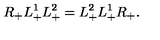
R _ { + } L _ { + } ^ { 1 } L _ { + } ^ { 2 } = L _ { + } ^ { 2 } L _ { + } ^ { 1 } R _ { + } .